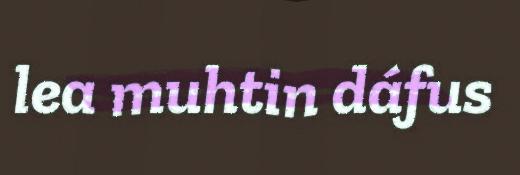
lea muhtin dáfus